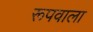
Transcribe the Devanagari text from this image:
रूपवाला